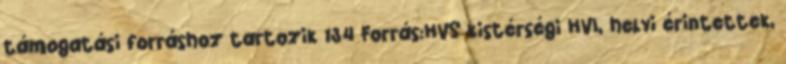
támogatási forráshoz tartozik 134 Forrás:HVS kistérségi HVI, helyi érintettek,